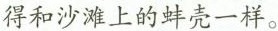
得和沙滩上的蚌壳一样。